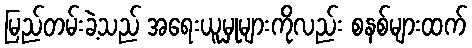
မြည်တမ်းခဲ့သည် အရေးယူမှုများကိုလည်း စနစ်များထက်